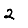
Digit: 2